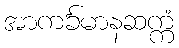
အာကင်္ခမာနဆက္ကံ